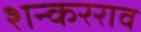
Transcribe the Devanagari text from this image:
शन्करराव